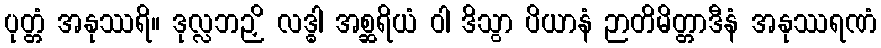
ပုတ္တံ အနုဿရိ။ ဒုလ္လဘဉှိ လဒ္ဓါ အစ္ဆရိယံ ဝါ ဒိသွာ ပိယာနံ ဉာတိမိတ္တာဒီနံ အနုဿရဏံ